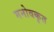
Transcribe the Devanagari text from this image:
मनोवकृत